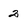
Character: 2